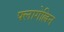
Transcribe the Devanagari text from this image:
फ्लागेल्लिन